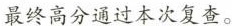
最终高分通过本次复查。